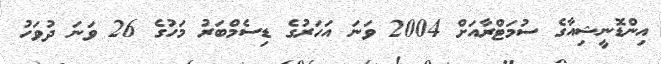
އިންޑޮނީޝިއާގެ ސުމަޓްރާއަށް 2004 ވަނަ އަހަރުގެ ޑިސެމްބަރު މަހުގެ 26 ވަނަ ދުވަހު